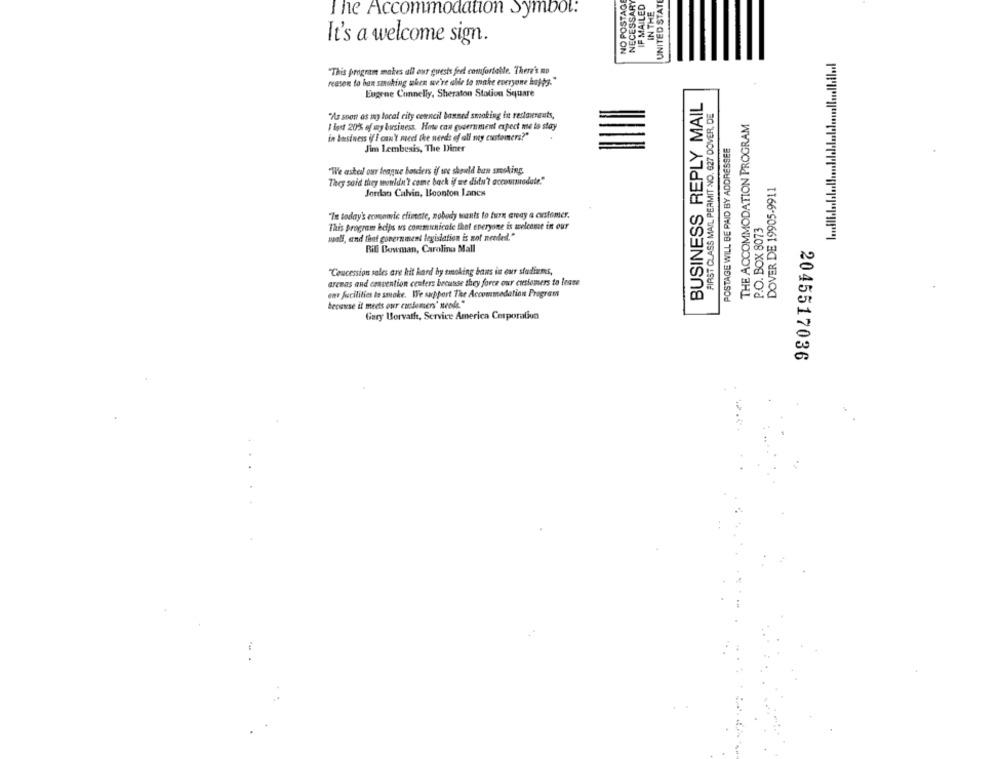
NO POSTAG
NECESSARY
IF MAILED
UNITED STAT
IN THE
The Accommodation Symbol:
It's a welcome sign.
"This program makes all our guests feel comfortable. There's no
reason to ban smoking when av're able to make everyone hatts."
Eugrne Connelly, Sheraton Station Square
BUSINESS REPLY MAIL
FIRST CLASS MAIL PERMIT NO. 627 DOVER, DE
"As soon as my local city council banned smoking tut restaurants,
THE ACCOMMODATION PROGRAM
I lost 20% of my business. Hote con government expect me to stay
in business if I can't meet the needs of all my customers?"
POSTAGE WILL BE PAID BY ADDRESSEE
Jim Lembesis, The Diner
"We asked our longne bouchers if we should ban smoking.
They said they wouldn'? come back if we didn't accoururadate."
DOVER DE 19905-9911
Jerekao Calvin, Boonton Lanca
"In today's economic climate, nobody wants to turn aneay a customer.
This program helps us communicate that everyone is welcome in our
P.O. BOX 8073
wall, and that government legislation is not needed."
Bill Bowman, Carolina Mall
"Concession sales are kit hard by tenking bans in our stadiums,
arenas and convention centers because they force our customers to lease
ewe facilities to smoke. We support Thee Accommodation Program
because it meets our customers' neode. "
Gary Horvath, Service America Corporation
2045517036